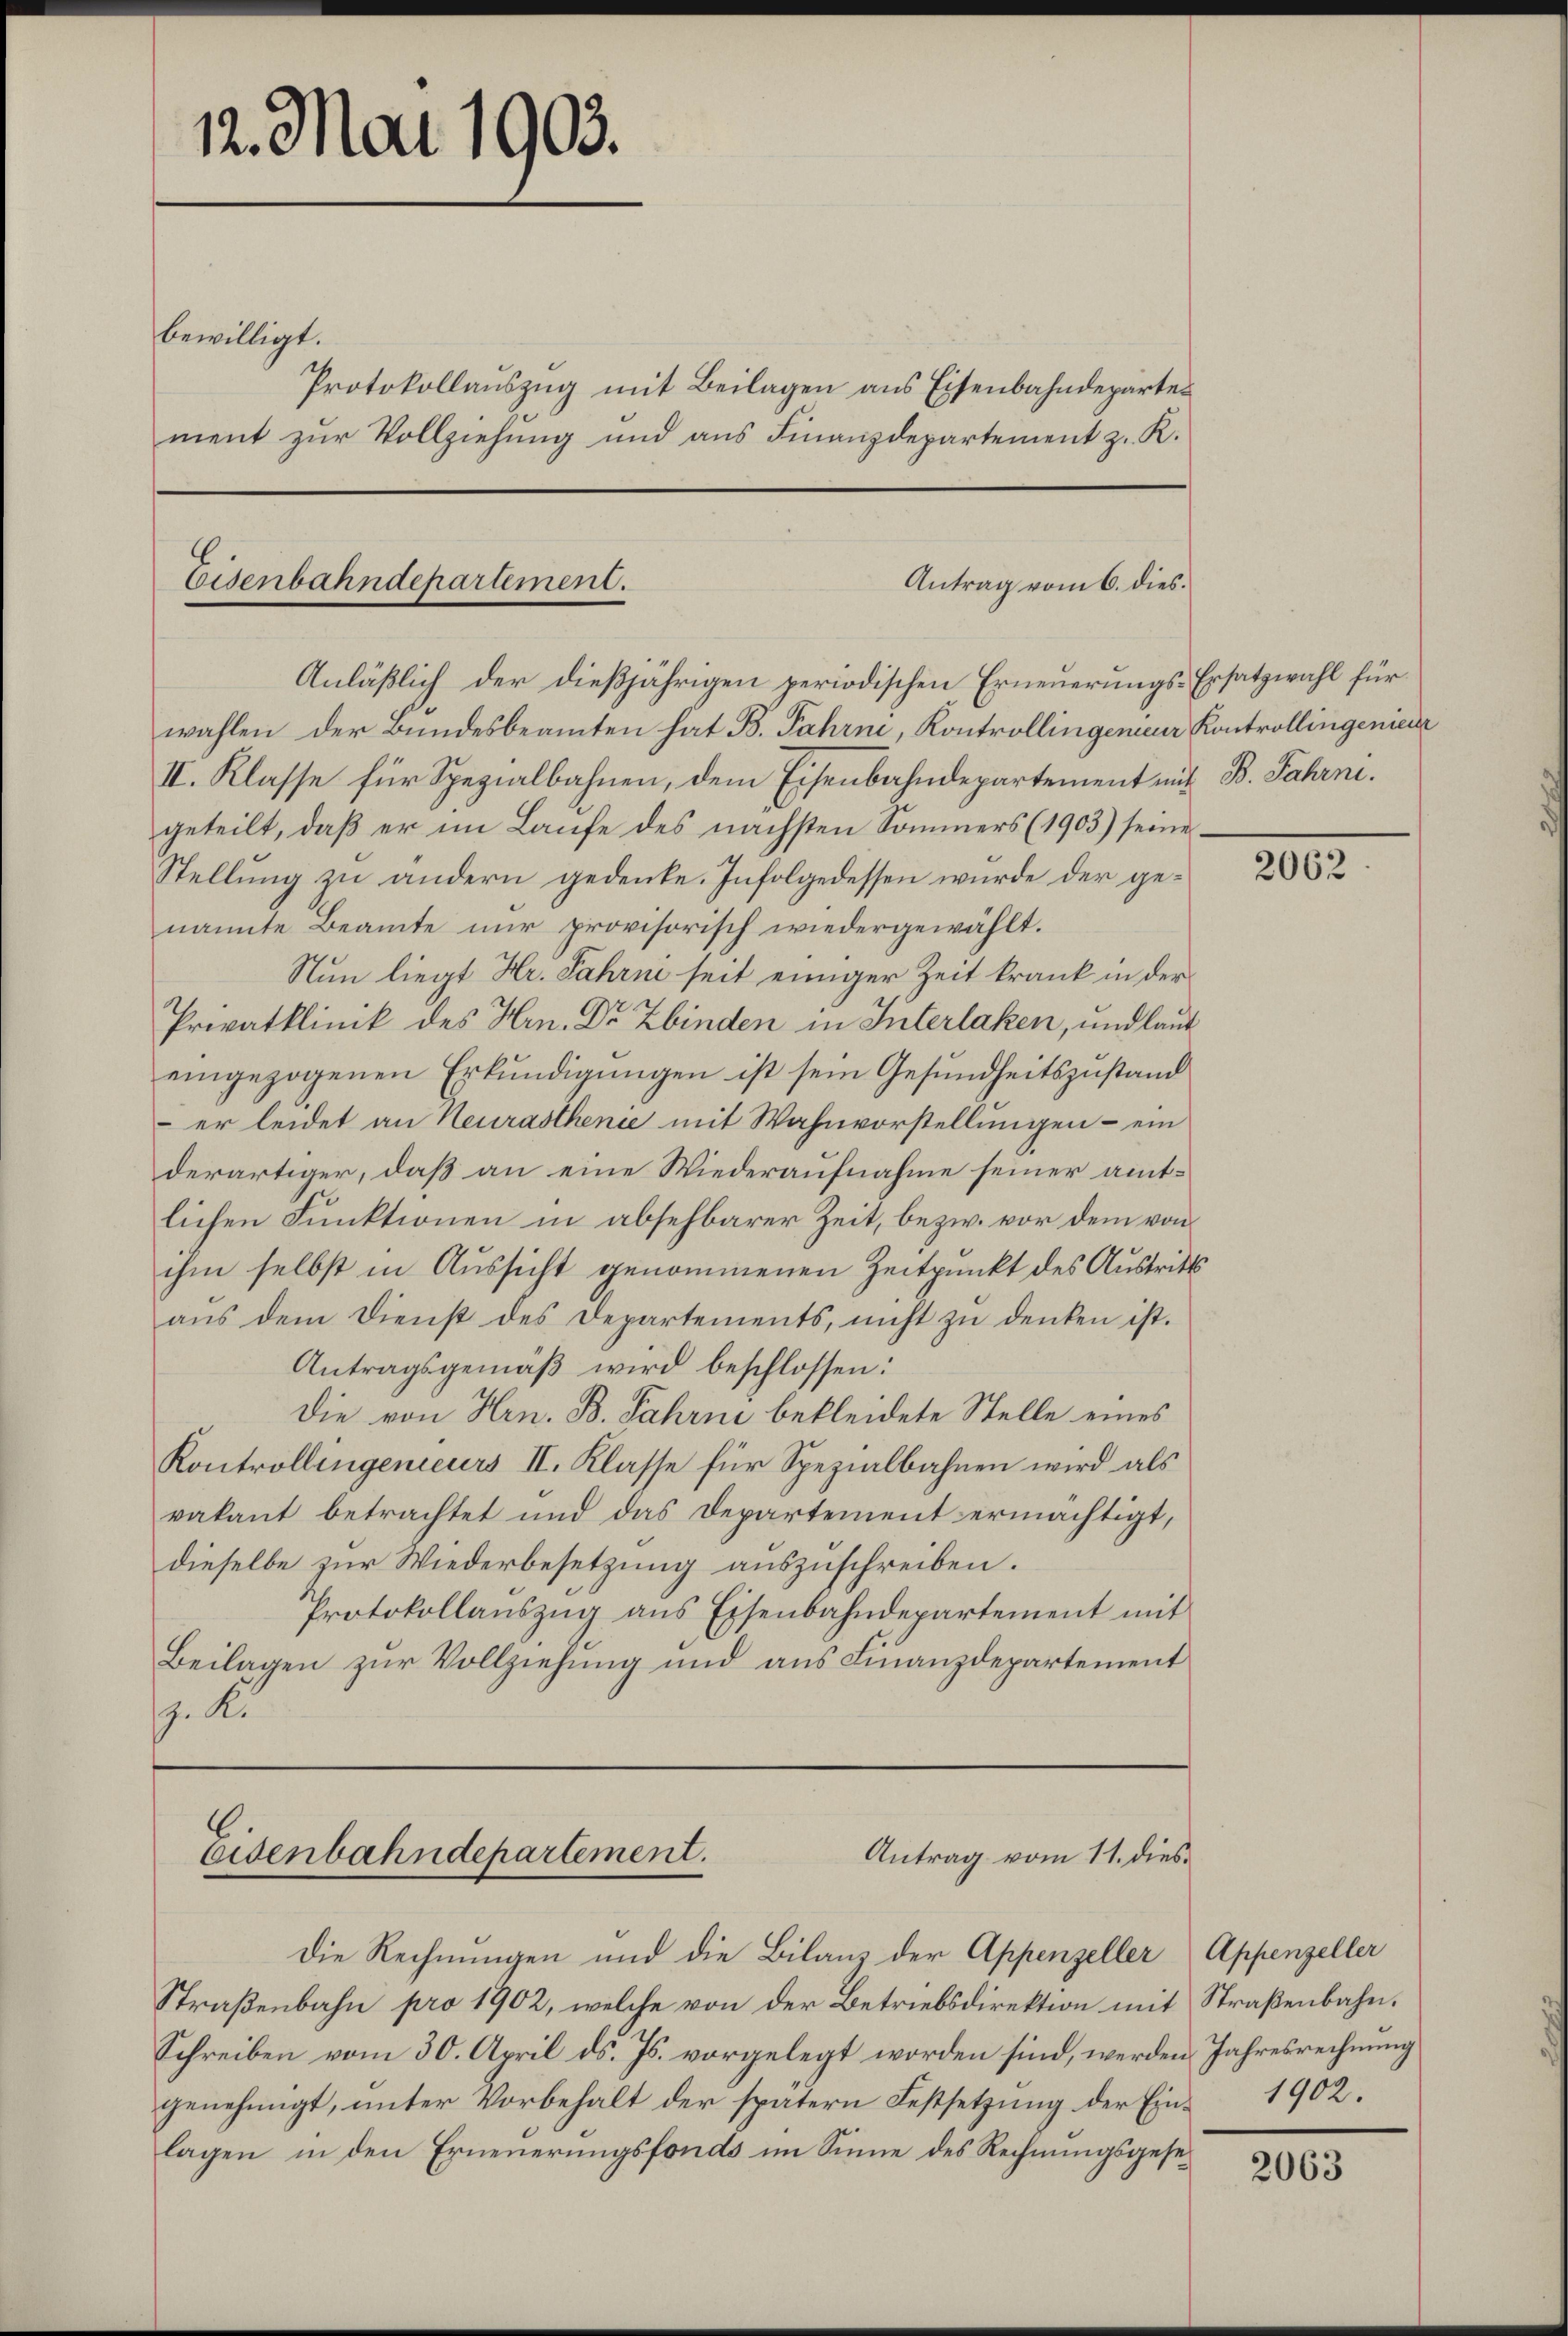
12. Mai 1903.

bewilligt.
Protokollauszug mit Beilagen aus Eisenbahndepartes
ment zur Vollziehung und aus Finanzdepartement z. K.

Antrag vom 6. dies¬
Eisenbahndepartement.
Anläßlich der dießjährigen periodischen Erneuerungs-Ersatzwahl für

wahlen der Bundesbeamten hat B. Fahrni, Kontrollingenieur Kontrollingenieur
II. Klasse für Spezialbahnen, dem Eisenbahndepartement mit B. Fahrni.
geteilt, daß er im Laufe des nächsten Sommers (1903) seine
Stellung zu ändern gedenke. Infolgedessen wurde der genannte Beamte nur provisorisch wiedergewählt.
Nun liegt Hr. Jahrni seit einiger Zeit krank in der
Privatklinik des Hrn. Dr Zbinden in Interlaken, und laut
eingezogenen Erkundigungen ist sein Gesundheitszustand
er leidet an Neurasthenie mit Wahnvorstellungen – ein
derartiger, daß an eine Wiederaufnahme seiner amtlichen Funktionen in absehbarer Zeit, bezw. vor dem von
ihm selbst in Aussicht genommenen Zeitpunkt des Austrittsaŭs dem Dienst des Departements, nicht zu denken ist.
Antragsgemäß wird beschlossen:
Die von Hrn. B. Jahrni bekleidete Stelle eines
Kontrollingenieurs II. Klasse für Spezialbahnen wird als
vakant betrachtet und das Departement ermächtigt,
dieselbe zur Wiederbesetzung auszuschreiben.
Protokollauszug aus Eisenbahndepartement mit
Beilagen zur Vollziehung und aus Finanzdepartement
g. Fr

Die Rechnungen und die Bilanz der Appenzeller Appenzeller
Straßenbahn pro 1902, welche von der Betriebsdirektion mit Straßenbahn.
Schreiben vom 30. April ds. Js. vorgelegt worden sind, werden Jahresrechnung
genehmigt, unter Vorbehalt der spätern Festsetzung der Einlagen in den Erneuerungsfonds im Sinne des Rechnungsgese¬

Eisenbahndepartement.
Antrag vom 11. dies

2062

1902.

2063